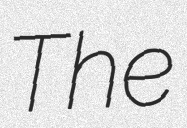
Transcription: The